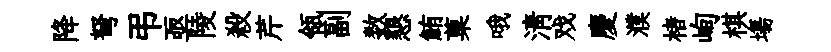
降弩弔亟陵殺芹瓴副数懇鮪菓哦清戏慶濮楮峋棋塲